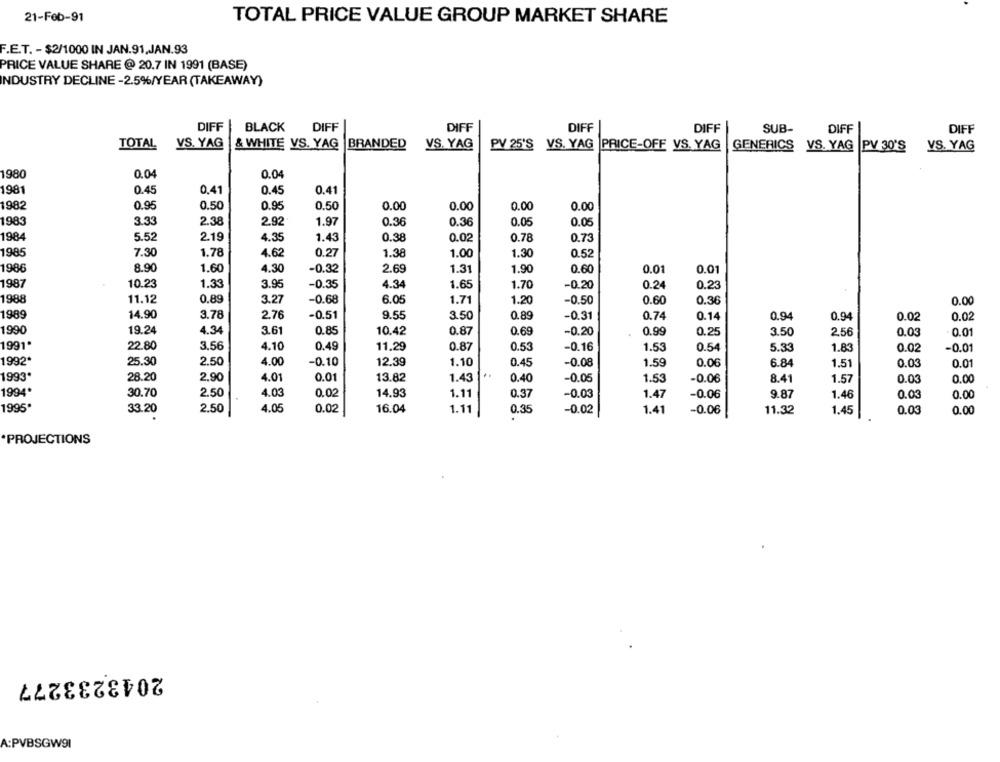
21-Feb-91
TOTAL PRICE VALUE GROUP MARKET SHARE
F.E.T. - $2/1000 IN JAN.91.JAN.93
PRICE VALUE SHARE @ 20.7 IN 1991 (BASE)
INDUSTRY DECLINE -2.5%/YEAR (TAKEAWAY)
DIFF
BLACK
DIFF
DIFF
DIFF
DIFF
SUB-
DIFF
DIFF
TOTAL
VS. YAG
& WHITE VS. YAG
. YAG BRANDED
VS. YAG
PV 25'S VS. YAG PRICE-OFF VS. YAG
GENERICS
VS. YAG
PV 30'S
VS. YAG
1980
0.04
0.04
1981
0.45
0,41
0.45
0.41
1982
0.95
0.50
0.95
0.50
0.00
0.00
0.00
0.00
1983
3.33
2.38
2.92
1.97
0.36
0.36
0.05
0.05
1984
5.52
2.19
4.35
0.78
1.43
0.38
0.02
0.73
1985
7.30
1.78
4.62
0.27
1.38
1.00
1.30
0.52
1986
8.90
1.60
4.30
-0.32
2.69
1.31
1.90
0.60
0.01
0.01
1987
4.34
10.23
1.33
3.95
-0.35
1.65
1.70
-0.20
0.24
0.23
1988
11.12
0.89
3.27
-0.68
6.05
1.71
1.20
-0.50
0.60
0.36
0.00
1989
14.90
3.78
2.76
-0.51
9.55
3.50
0.89
-0.31
0.74
0.14
0.94
0.94
0.02
0.02
1990
19.24
4.34
3.61
0.85
10.42
0.87
0.69
-0.20
0.99
0.25
3.50
2,56
0.03
0.01
1991*
22.80
3.56
4.10
0.49
11.29
0.87
0.53
-0.16
1.53
0.54
5.33
1.83
0.02
-0.01
1992*
25.30
2.50
4.00
-0.10
12.39
1.10
0.45
-0.08
1.59
0.06
6.84
1.51
0.03
0.01
1993*
28.20
2.90
4.01
0.01
13.82
1.43
0.40
-0.05
1.53
-0.06
8.41
1.57
0.03
0.00
1994*
30.70
2.50
4.03
0.02
14.93
1.11
0.37
-0.03
1.47
-0.06
9.87
1.46
0.03
0.00
1995*
33.20
2.50
4.05
0.02
16.04
1.11
0.35
-0.02
1.41
-0.06
11.32
1.45
0.03
0.00
*PROJECTIONS
2043233277
A:PVBSGW91